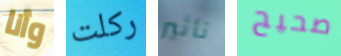
وأنا ركلت تأثير صحيح